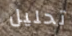
تحليل